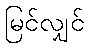
မြင်လျှင်